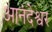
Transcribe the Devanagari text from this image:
आनंदेश्वर